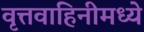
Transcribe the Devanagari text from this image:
वृत्तवाहिनीमध्ये